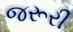
જરૂરી